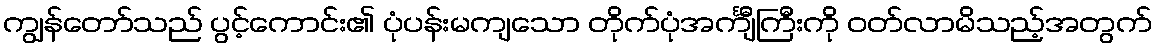
ကျွန်တော်သည် ပွင့်ကောင်း၏ ပုံပန်းမကျသော တိုက်ပုံအင်္ကျီကြီးကို ဝတ်လာမိသည့်အတွက်